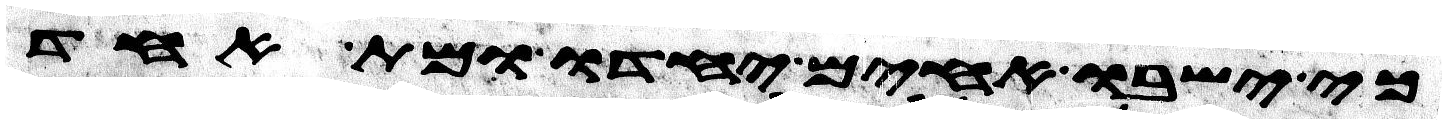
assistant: כי ישבו אחים יחדו ומת אחד